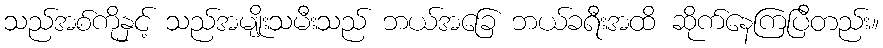
သည်အစ်ကိုနှင့် သည်အမျိုးသမီးသည် ဘယ်အခြေ ဘယ်ခရီးအထိ ဆိုက်နေကြပြီတည်း။